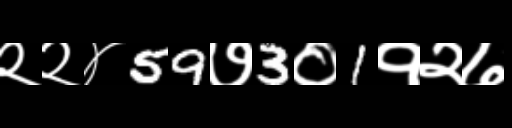
Text: २२४59७3०1१२७